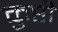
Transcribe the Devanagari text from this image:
कुष्ठी